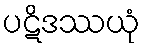
ပဋိဒဿယုံ